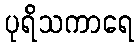
ပုရိသကာရေ